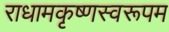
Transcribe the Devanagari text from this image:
राधामकृष्णस्वरूपम